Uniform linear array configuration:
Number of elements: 64
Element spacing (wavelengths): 0.5
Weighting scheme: hann
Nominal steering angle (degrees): -30
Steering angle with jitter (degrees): -28.36
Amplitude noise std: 0.05
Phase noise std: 0.05

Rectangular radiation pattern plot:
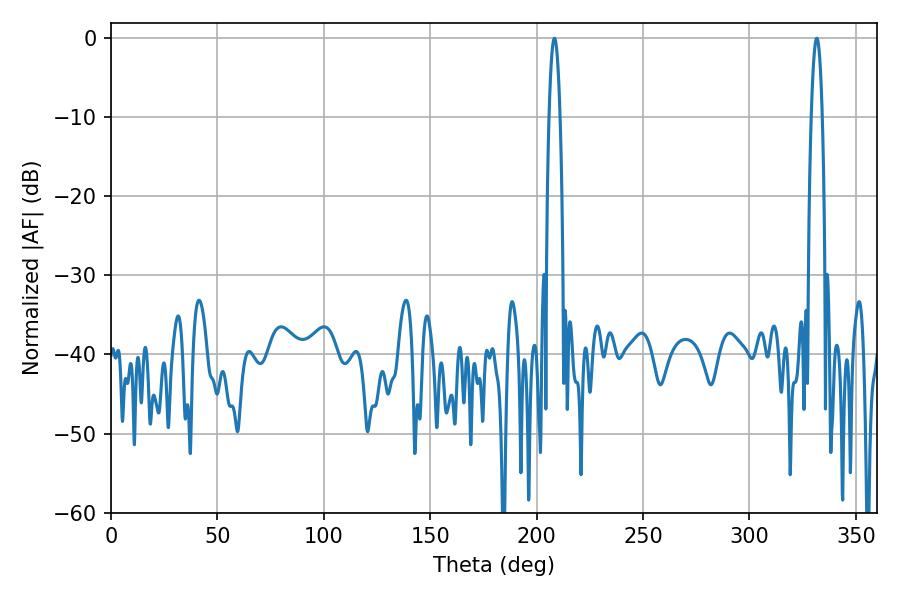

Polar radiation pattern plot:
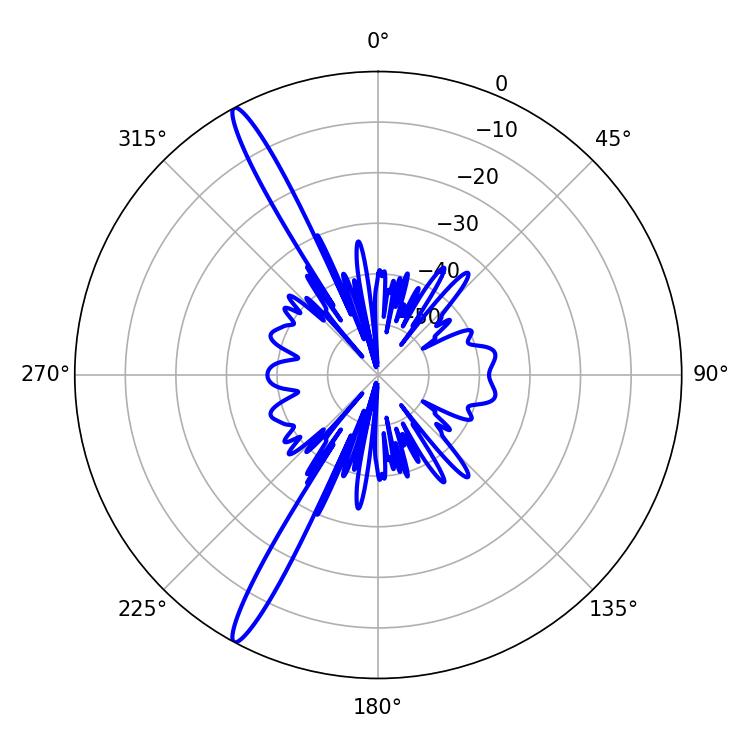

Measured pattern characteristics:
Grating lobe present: FALSE
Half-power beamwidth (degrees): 2.7
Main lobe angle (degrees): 331.56